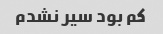
کم بود سیر نشدم